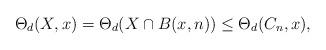
LaTeX: \begin{align*}\Theta_d(X,x)=\Theta_d(X\cap B(x,n))\leq \Theta_d(C_n,x), \end{align*}